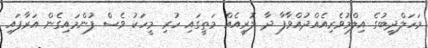
މަހަލްދީބުގެ އިލްމުވެރިއެއްދުއްވާފާ ދާ ލޮރީއެއް މަތީގައި ހުރި މީހަކު ވެސް ފުންމައިގެން އަރާފައި